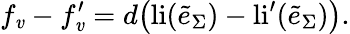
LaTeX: f_{\mathit{v}}-f_{\mathit{v}}^{\prime}=d\big(\mathrm{{li}}(\tilde{{e}}_{\Sigma})-\mathrm{{li}}^{\prime}(\tilde{{e}}_{\Sigma})\big).